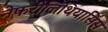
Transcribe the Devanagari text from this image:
नेफरोलिथियासिस